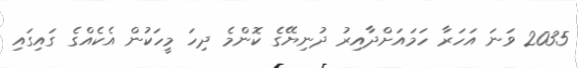
2035 ވަނަ އަހަރާ ހަމައަށްދާއިރު ދުނިޔޭގެ ކޮންމެ ދިހަ މީހަކުން އެކެއްގެ ގައިގައި